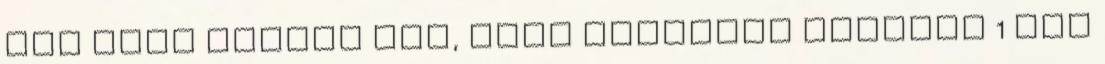
már csak amiatt sem, mert egyrészt valóban 1 éve